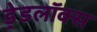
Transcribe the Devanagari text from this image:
ड्रेडलॉक्स